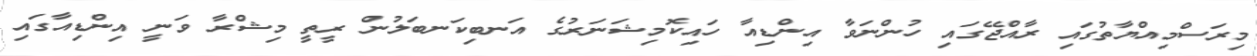
މިރަސްމިއްޔާތުގައި ރާއްޖޭގައި ހުންނަވާ އިންޑިއާ ހައިކޮމިޝަނަރުގެ އަނބިކަނބަލުން ރީތީ މިޝްރާ ވަނީ އިންޑިއާގައި